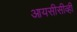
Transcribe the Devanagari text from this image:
आयसीसीव्ही